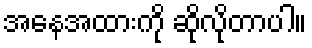
အနေအထားကို ဆိုလိုတာပါ။